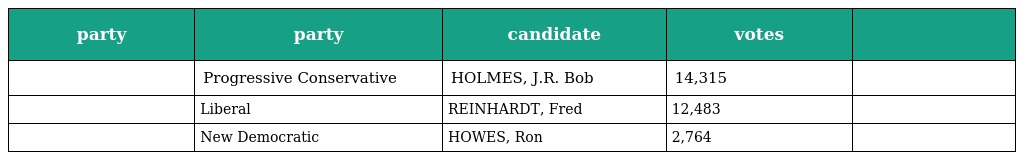
| party | party | candidate | votes |  |
 | --- | --- | --- | --- | --- |
 |  | Progressive Conservative | HOLMES, J.R. Bob | 14,315 |  |
 |  | Liberal | REINHARDT, Fred | 12,483 |  |
 |  | New Democratic | HOWES, Ron | 2,764 |  |